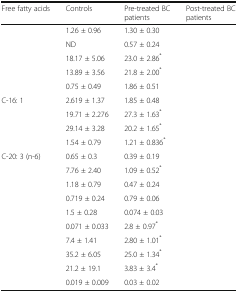
<table><thead><tr><td><b>Free fatty acids</b></td><td><b>Controls</b></td><td><b>Pre-treated BC patients</b></td><td><b>Post-treated BC patients</b></td></tr></thead><tbody><tr><td>[EMPTY_CELL]</td><td>1.26 ± 0.96</td><td>1.30 ± 0.30</td><td>[EMPTY_CELL]</td></tr><tr><td>[EMPTY_CELL]</td><td>ND</td><td>0.57 ± 0.24</td><td>[EMPTY_CELL]</td></tr><tr><td>[EMPTY_CELL]</td><td>18.17 ± 5.06</td><td>23.0 ± 2.86<sup>*</sup></td><td>[EMPTY_CELL]</td></tr><tr><td>[EMPTY_CELL]</td><td>13.89 ± 3.56</td><td>21.8 ± 2.00<sup>*</sup></td><td>[EMPTY_CELL]</td></tr><tr><td>[EMPTY_CELL]</td><td>0.75 ± 0.49</td><td>1.86 ± 0.51</td><td>[EMPTY_CELL]</td></tr><tr><td>C-16: 1</td><td>2.619 ± 1.37</td><td>1.85 ± 0.48</td><td>[EMPTY_CELL]</td></tr><tr><td>[EMPTY_CELL]</td><td>19.71 ± 2.276</td><td>27.3 ± 1.63<sup>*</sup></td><td>[EMPTY_CELL]</td></tr><tr><td>[EMPTY_CELL]</td><td>29.14 ± 3.28</td><td>20.2 ± 1.65<sup>*</sup></td><td>[EMPTY_CELL]</td></tr><tr><td>[EMPTY_CELL]</td><td>1.54 ± 0.79</td><td>1.21 ± 0.836<sup>*</sup></td><td>[EMPTY_CELL]</td></tr><tr><td>C-20: 3 (n-6)</td><td>0.65 ± 0.3</td><td>0.39 ± 0.19</td><td>[EMPTY_CELL]</td></tr><tr><td>[EMPTY_CELL]</td><td>7.76 ± 2.40</td><td>1.09 ± 0.52<sup>*</sup></td><td>[EMPTY_CELL]</td></tr><tr><td>[EMPTY_CELL]</td><td>1.18 ± 0.79</td><td>0.47 ± 0.24</td><td>[EMPTY_CELL]</td></tr><tr><td>[EMPTY_CELL]</td><td>0.719 ± 0.24</td><td>0.79 ± 0.06</td><td>[EMPTY_CELL]</td></tr><tr><td>[EMPTY_CELL]</td><td>1.5 ± 0.28</td><td>0.074 ± 0.03</td><td>[EMPTY_CELL]</td></tr><tr><td>[EMPTY_CELL]</td><td>0.071 ± 0.033</td><td>2.8 ± 0.97<sup>*</sup></td><td>[EMPTY_CELL]</td></tr><tr><td>[EMPTY_CELL]</td><td>7.4 ± 1.41</td><td>2.80 ± 1.01<sup>*</sup></td><td>[EMPTY_CELL]</td></tr><tr><td>[EMPTY_CELL]</td><td>35.2 ± 6.05</td><td>25.0 ± 1.34<sup>*</sup></td><td>[EMPTY_CELL]</td></tr><tr><td>[EMPTY_CELL]</td><td>21.2 ± 19.1</td><td>3.83 ± 3.4<sup>*</sup></td><td>[EMPTY_CELL]</td></tr><tr><td>[EMPTY_CELL]</td><td>0.019 ± 0.009</td><td>0.03 ± 0.02</td><td>[EMPTY_CELL]</td></tr></tbody></table>